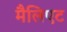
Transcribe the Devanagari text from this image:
मैलिएट